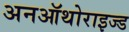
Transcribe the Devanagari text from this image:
अनऑथोराइज्ड